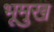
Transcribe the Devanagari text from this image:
भूमुख